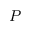
P